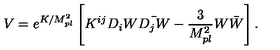
V = e ^ { K / M _ { p l } ^ { 2 } } \left[ K ^ { i j } D _ { i } W \bar { D _ { j } W } - \frac { 3 } { M _ { p l } ^ { 2 } } W \bar { W } \right] .